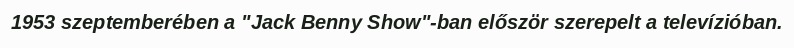
1953 szeptemberében a "Jack Benny Show"-ban először szerepelt a televízióban.